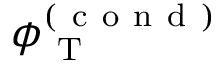
\phi _ { \mathrm { ~ T ~ } } ^ { ( \mathrm { ~ c ~ o ~ n ~ d ~ } ) }